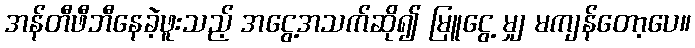
အန်တီဖီဘီနေခဲ့ဖူးသည့် အငွေ့အသက်ဆို၍ မြူငွေ့ မျှ မကျန်တော့ပေ။